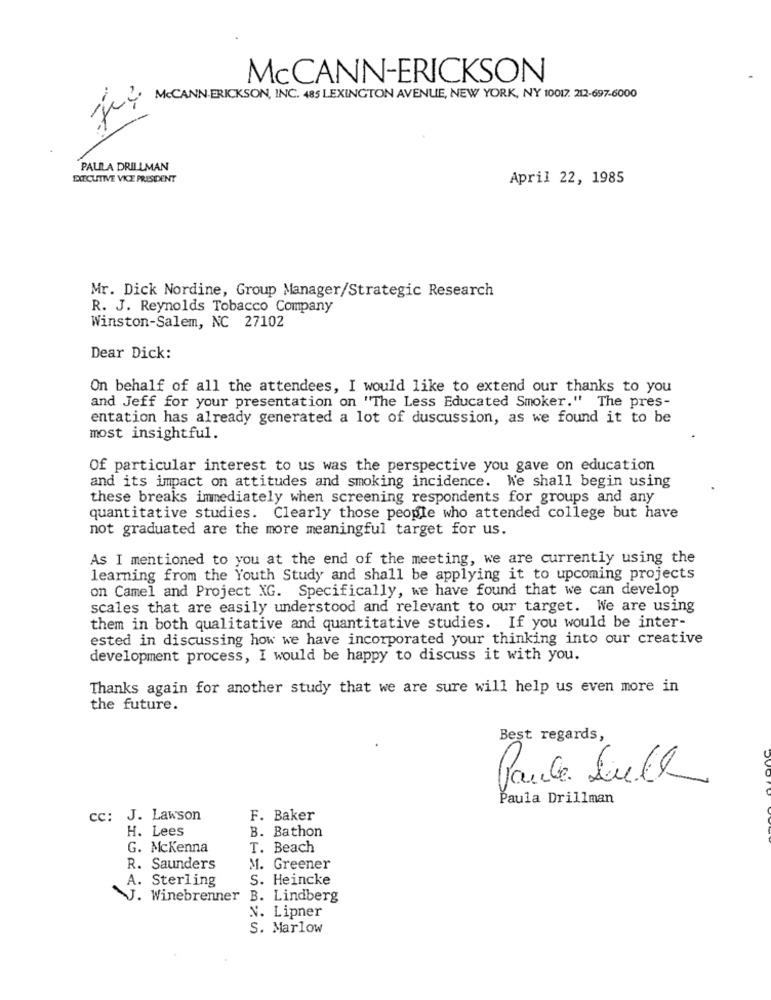
McCANN-ERICKSON
MCCANN ERICKSON, INC. 485 LEXINGTON AVENUE, NEW YORK, NY 10017. 212-697-6000
PALILA DRILLMAN
EXECUTIVE VICE PRESIDENT
April 22, 1985
Mr. Dick Nordine, Group Manager/Strategic Research
R. J. Reynolds Tobacco Company
Winston-Salem, NC 27102
Dear Dick:
On behalf of all the attendees, I would like to extend our thanks to you
and Jeff for your presentation on "The Less Educated Smoker." The pres-
entation has already generated a lot of duscussion, as we found it to be
most insightful.
Of particular interest to us was the perspective you gave on education
and its impact on attitudes and smoking incidence. We shall begin using
these breaks immediately when screening respondents for groups and any
quantitative studies. Clearly those people who attended college but have
not graduated are the more meaningful target for us.
As I mentioned to you at the end of the meeting, we are currently using the
learning from the Youth Study and shall be applying it to upcoming projects
on Camel and Project XG. Specifically, we have found that we can develop
scales that are easily understood and relevant to our target. We are using
them in both qualitative and quantitative studies. If you would be inter-
ested in discussing how we have incorporated your thinking into our creative
development process, I would be happy to discuss it with you.
Thanks again for another study that we are sure will help us even more in
the future.
Best regards,
Paule Lull
Paula Drillman
cc: J. Lawson
F. Baker
H. Lees
B. Bathon
G. Mckenna
T. Beach
R. Saunders
M. Greener
A. Sterling
S. Heincke
J. Winebrenner
B. Lindberg
V. Lipner
S. Marlow